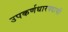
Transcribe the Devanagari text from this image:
उपकर्णधारपदाची